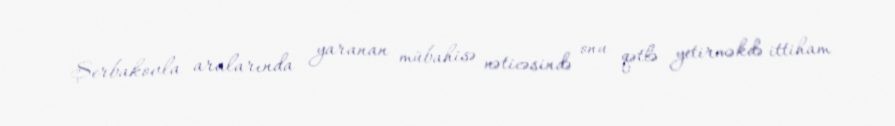
Şerbakovla aralarında yaranan mübahisə nəticəsində onu qətlə yetirməkdə ittiham